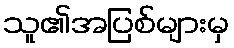
သူ၏အပြစ်များမှ